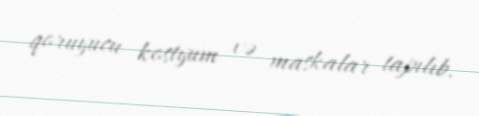
qoruyucu kostyum və maskalar tapılıb.